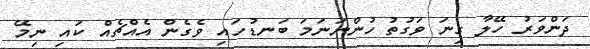
ދަންވަރު ހޭލާ ގިނަ ވަގުތު ހުންނަނަމަ ބަނޑުހައި ވެގެން އެއްޗެއް ކައި ނިމޭ